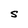
Character: S